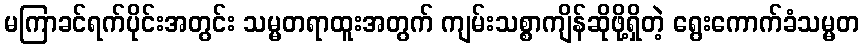
မကြာခင်ရက်ပိုင်းအတွင်း သမ္မတရာထူးအတွက် ကျမ်းသစ္စာကျိန်ဆိုဖို့ရှိတဲ့ ရွေးကောက်ခံသမ္မတ